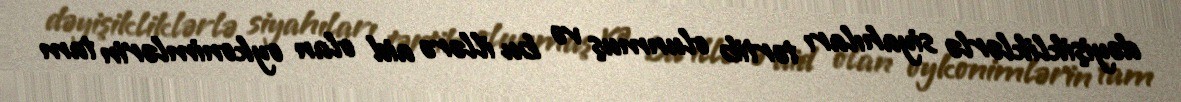
dəyişikliklərlə siyahıları tərtib olunmuş və bu illərə aid olan oykonimlərin tam